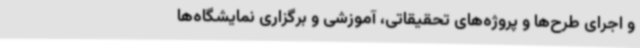
و اجرای طرح‌ها و پروژه‌های تحقیقاتی، آموزشی و برگزاری نمایشگاه‌ها